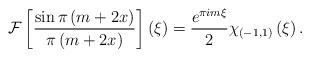
LaTeX: \begin{align*}\mathcal{F}\left[\frac{\sin\pi\left(m+2x\right)}{\pi\left(m+2x\right)}\right]\left(\xi\right)=\frac{e^{\pi im\xi}}{2}\chi_{\left(-1,1\right)}\left(\xi\right).\end{align*}